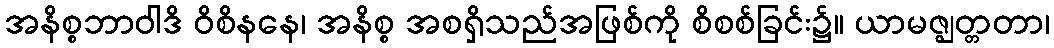
အနိစ္စဘာဝါဒိ ဝိစိနနေ၊ အနိစ္စ အစရှိသည်အဖြစ်ကို စိစစ်ခြင်း၌။ ယာမဇ္ဈတ္တတာ၊